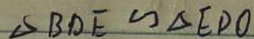
\Delta B D E \sim \Delta E D O